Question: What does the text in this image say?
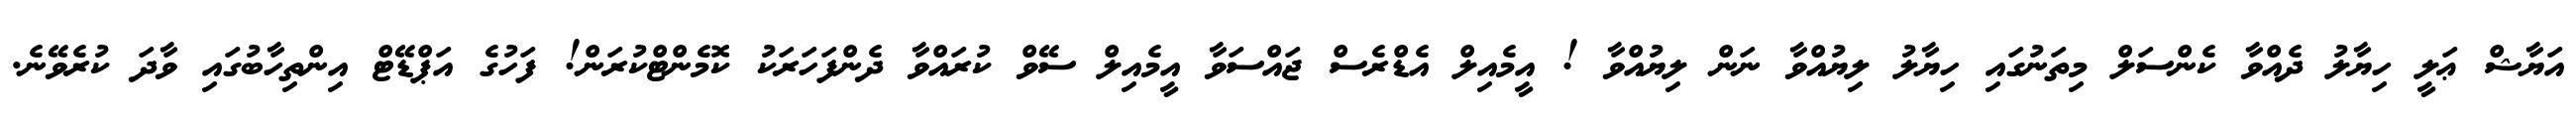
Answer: އަޔާޝް ޢަލީ ހިޔާލު ދެއްވާ ކެންސަލް މިތަނުގައި ހިޔާލު ލިޔުއްވާ ނަން ލިޔުއްވާ ! އީމެއިލް އެޑްރެސް ޖައްސަވާ އީމެއިލް ސޭވް ކުރައްވާ ދެންފަހަރަކު ކޮމެންޓްކުރަން! ފަހުގެ އަޕްޑޭޓް އިންތިހާބުގައި ވާދަ ކުރެވޭނެ.